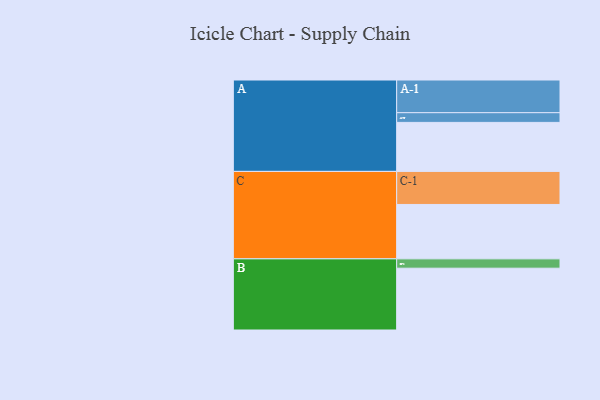
{"axis": {"x": "Segment", "y": "Value"}, "legend": ["", "A", "B", "C"], "data": [{"x": "A", "y": 409, "type": ""}, {"x": "B", "y": 516, "type": ""}, {"x": "C", "y": 454, "type": ""}, {"x": "A-1", "y": 273, "type": "A"}, {"x": "A-2", "y": 81, "type": "A"}, {"x": "B-1", "y": 78, "type": "B"}, {"x": "C-1", "y": 276, "type": "C"}]}